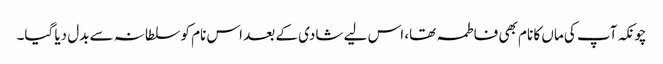
چونکہ آپ کی ماں کا نام بھی فاطمہ تھا، اس لیے شادی کے بعد اس نام کو سلطانہ سے بدل دیا گیا۔